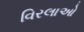
વિરલાઓ